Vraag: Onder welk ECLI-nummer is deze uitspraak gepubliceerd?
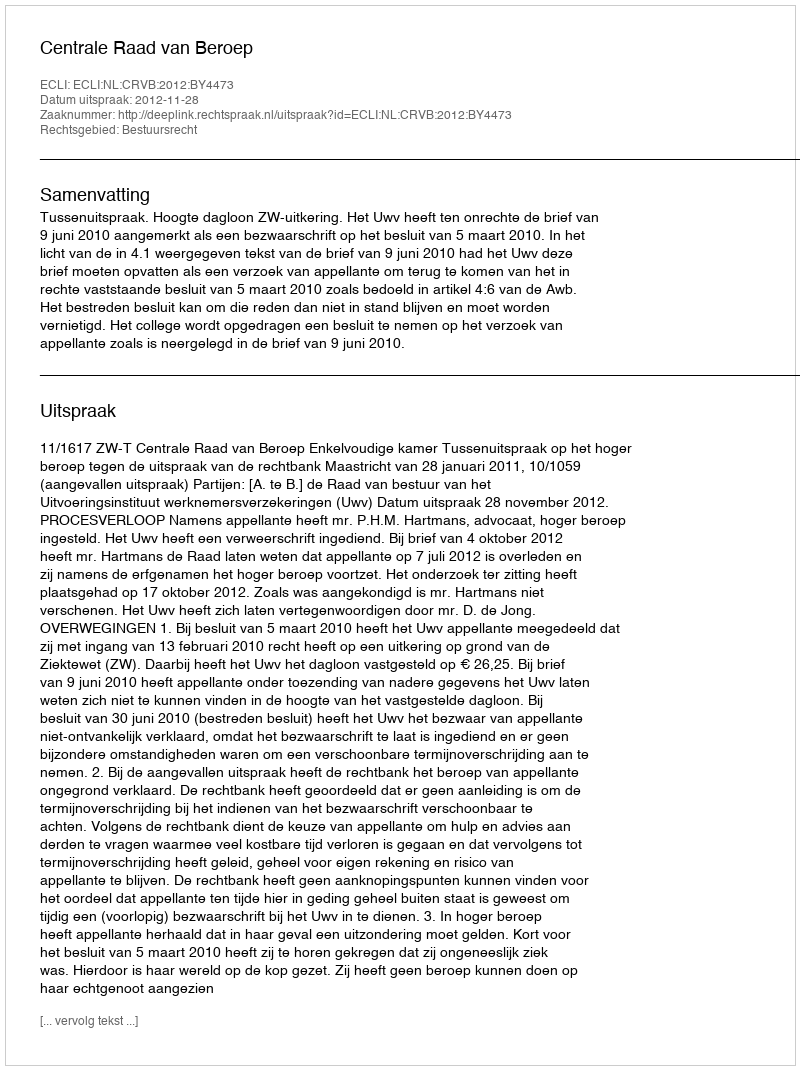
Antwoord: ECLI:NL:CRVB:2012:BY4473